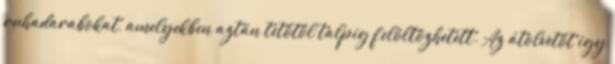
ruhadarabokat, amelyekben aztán tetőtől talpig felöltözhetett. Az átolvetőt igy